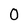
Character: 0